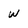
Character: w